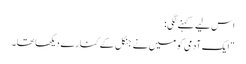
اس لیے کہنے لگی:
"ایک آدمی کو میں نے جنگل کے کنارے دیکھا تھا۔